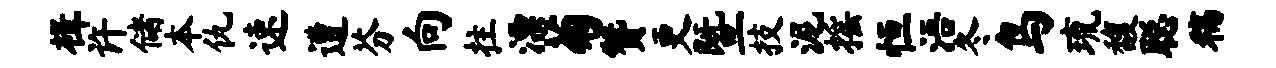
楫许储本仇速遭芬向拄漂菊赞更暨技泥摇恒浯冬鸟琉馥聪稿